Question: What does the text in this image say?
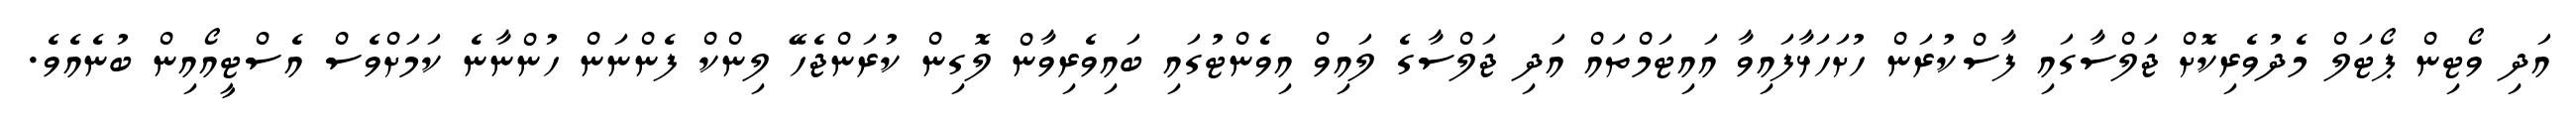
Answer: އަދި ވޯޓިން ޕޯޓަލް މެދުވެރިކޮށް ޖަލްސާގައި ފާސްކުރަން ހުށަހަޅާފައިވާ އައިޓަމްތައް އަދި ޖަލްސާގެ ލައިވް އިވެންޓުގައި ބައިވެރިވާން ލޮގިން ކުރަންޖެހޭ ލިންކް ފެންނަން ހުންނާނެ ކަމަށްވެސް އެސްޓީއޯއިން ބުނެއެވެ.